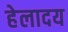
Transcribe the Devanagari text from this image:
हेलादय